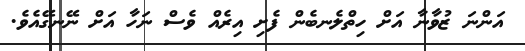
އަންނަ ޒުވާނާ އަށް ހިތްލެނބެން ފެށި އިރެއް ވެސް ނަހާ އަށް ނޭނގޭއެވެ.